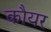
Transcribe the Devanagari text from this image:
कौयर